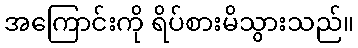
အကြောင်းကို ရိပ်စားမိသွားသည်။